Lunatic asylums United Provinces 1899-1908 - 1899-1908
Year: 1899
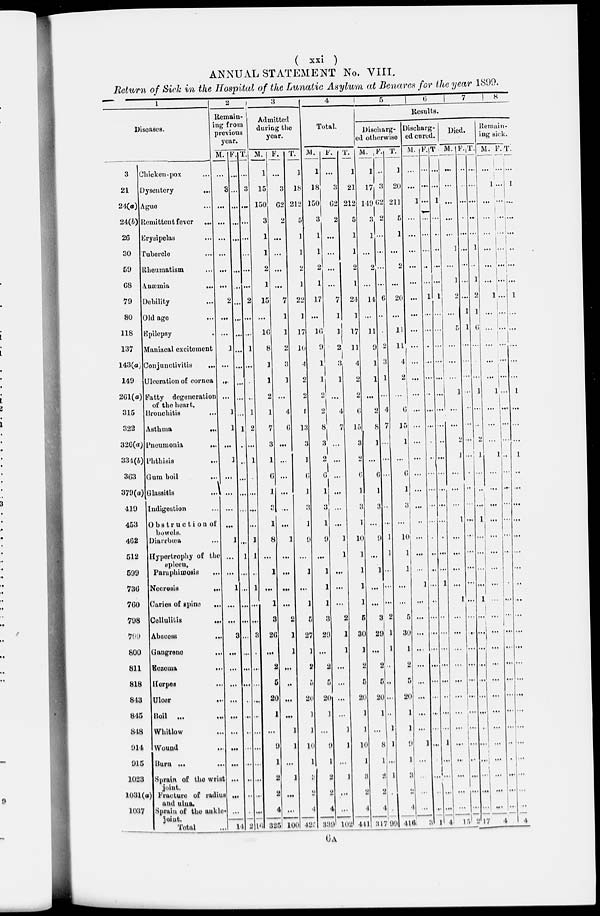
( xxi )
ANNUAL STATEMENT No. VIII.
Return of Sick in the Hospital of the Lunatic Asylum at Benares for the year 1899.
1
Diseases.
3
21
24(a)
24(b)
26
30
59
68
79
80
118
137
143(a)
149
261(a)
315
322
326(a)
334(b)
363
379(a)
419
453
462
512
599
736
760
798
799
800
811
818
843
845
848
914
915
1023
1031(a)
1037
Chicken-pox ...
Dysentery ...
Ague ...
Remittent fever
...
Erysipelas ...
Tubercle ...
Rheumatism ...
Anæmia
...
Debility ...
Old age ...
Epilepsy ...
Maniacal excitement
Conjunctivitis
...
Ulceration of cornea
Fatty degeneration
of the heart.
Bronchitis ...
Asthma
...
Pneumonia
...
Phthisis
...
Gum boil ...
Glassitis ...
Indigestion ...
Obstruction of
bowels.
Diarrhœa ...
Hypertrophy of the
spleen.
Paraphimosis ...
Necrosis
...
Caries of spine
...
Cellulitis
...
Abscess
...
Gangrene ...
Eczema ...
Herpes ...
Ulcer
...
Boil ... ...
Whitlow ...
Wound ...
Burn ... ...
Sprain of the wrist
joint.
(a) Fracture of radius
and ulna.
Sprain of the ankle-
joint.
Total ...
2
Remain-
ing from
previous
year.
M.
...
3
...
...
...
...
...
...
2
...
...
1
...
...
...
1
1
...
...
...
...
...
...
1
...
...
1
...
...
3
...
...
...
...
...
...
...
...
...
...
...
14
F.
...
...
...
...
...
...
...
...
...
...
...
...
...
...
...
1
...
1
...
...
...
...
...
1
...
...
...
...
...
...
...
...
...
...
...
...
...
...
...
...
2
T.
...
3
...
...
...
...
...
...
2
...
...
1
...
...
...
1
2
...
1
...
...
...
...
1
1
...
1
...
...
3
...
...
...
...
...
...
...
...
...
...
...
16
3
Admitted
during the
year.
M.
1
15
150
3
1
1
2
1
15
...
16
8
1
1
2
1
7
3
1
6
1
3
1
8
...
1
...
1
3
26
...
2
5
20
1
...
9
1
2
2
4
325
F.
...
3
62
2
...
...
...
...
7
1
1
2
3
1
...
4
6
...
...
...
...
...
...
1
...
...
...
...
2
1
1
...
..
...
...
1
1
...
1
...
...
100
T.
1
18
212
5
1
1
2
1
22
1
17
10
4
2
2
1
13
3
1
6
1
3
1
9
...
1
...
1
5
27
1
2
5
20
1
]
10
1
3
2
4
425
4
Total.
M.
1
18
150
3
1
1
2
1
17
...
16
9
1
1
2
2
8
3
2
6
1
3
1
9
...
1
1
1
3
29
...
2
5
20
1
...
9
1
2
4
339
F.
...
3
62
2
...
...
...
...
7
1
1
2
3
1
...
4
7
...
...
...
...
...
...
1
1
...
...
...
2
1
1
...
...
...
...
1
1
...
1
...
...
102
T.
1
21
212
5
1
1
2
1
24
1
17
11
4
2
2
6
15
3
2
6
1
3
1
10
1
1
1
1
5
30
1
2
5
20
1
1
10
1
3
2
4
441
5
6
7
8
Results.
Discharg-
ed otherwise
M.
1
17
149
3
1
...
2
...
14
...
11
9
1
1
...
2
8
1
...
6
1
3
...
9
...
1
...
...
3
29
...
2
5
20
1
...
8
1
2
2
4
317
F.
..
3
62
2
...
...
...
...
6
...
...
2
3
1
...
4
7
...
...
...
...
...
...
1
1
...
...
...
2
1
1
...
...
...
...
1
1
...
1
...
99
T.
1
20
211
5
1
...
2
...
20
...
11
11
4
2
...
6
15
1
...
6
1
3
...
10
1
1
...
...
5
30
1
2
5
20
1
1
9
1
3
2
4
416
Discharg-
ed cured.
M.
...
...
1
...
...
...
...
...
...
...
...
...
...
...
...
...
...
...
...
...
...
...
...
...
...
...
1
...
...
...
...
...
...
...
...
...
1
...
...
...
...
3
F.
...
...
...
...
...
...
...
...
1
...
...
...
...
...
...
...
...
...
...
...
...
...
...
...
...
...
...
...
...
...
...
...
...
...
...
...
...
...
...
...
1
T.
...
...
1
...
...
...
...
...
1
...
...
...
...
...
...
...
...
...
...
...
...
...
...
...
...
1
...
...
...
...
...
...
...
...
...
1
...
....
...
...
4
Died.
M.
...
...
...
...
...
1
...
1
2
...
5
...
...
...
1
...
...
2
1
...
...
...
1
...
...
...
...
1
...
...
...
...
...
...
...
...
...
...
...
...
...
15
F.
...
...
...
...
...
...
...
1
1
...
...
...
...
...
...
...
...
...
...
...
...
...
...
...
...
...
...
...
...
...
...
...
...
...
...
...
...
...
...
2
T.
...
...
...
...
...
1
...
1
2
1
6
...
...
...
1
...
...
2
1
...
...
...
1
...
...
...
...
1
...
...
...
...
...
...
...
...
...
...
...
...
...
17
Remain-
ing sick.
M.
...
1
...
...
...
...
...
...
1
...
...
...
...
1
...
...
...
1
...
...
1
...
...
...
1
...
...
...
...
...
...
...
...
...
...
...
...
...
...
...
...
4
F.
...
...
...
...
...
...
...
...
...
...
...
...
...
...
...
...
...
...
...
...
...
...
...
...
...
...
...
...
...
...
...
...
...
...
...
...
...
...
...
...
...
T.
...
1
...
...
...
...
...
...
1
...
...
...
...
...
1
...
...
...
1
...
...
...
...
...
...
...
...
...
...
...
...
...
...
...
...
...
...
...
...
...
4
6 A